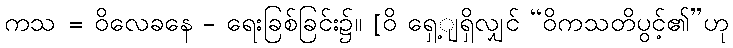
ကသ = ဝိလေခနေ - ရေးခြစ်ခြင်း၌။ [ဝိ ရှေ့ျရှိလျှင် “ဝိကသတိပွင့်၏”ဟု